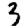
Digit: 3